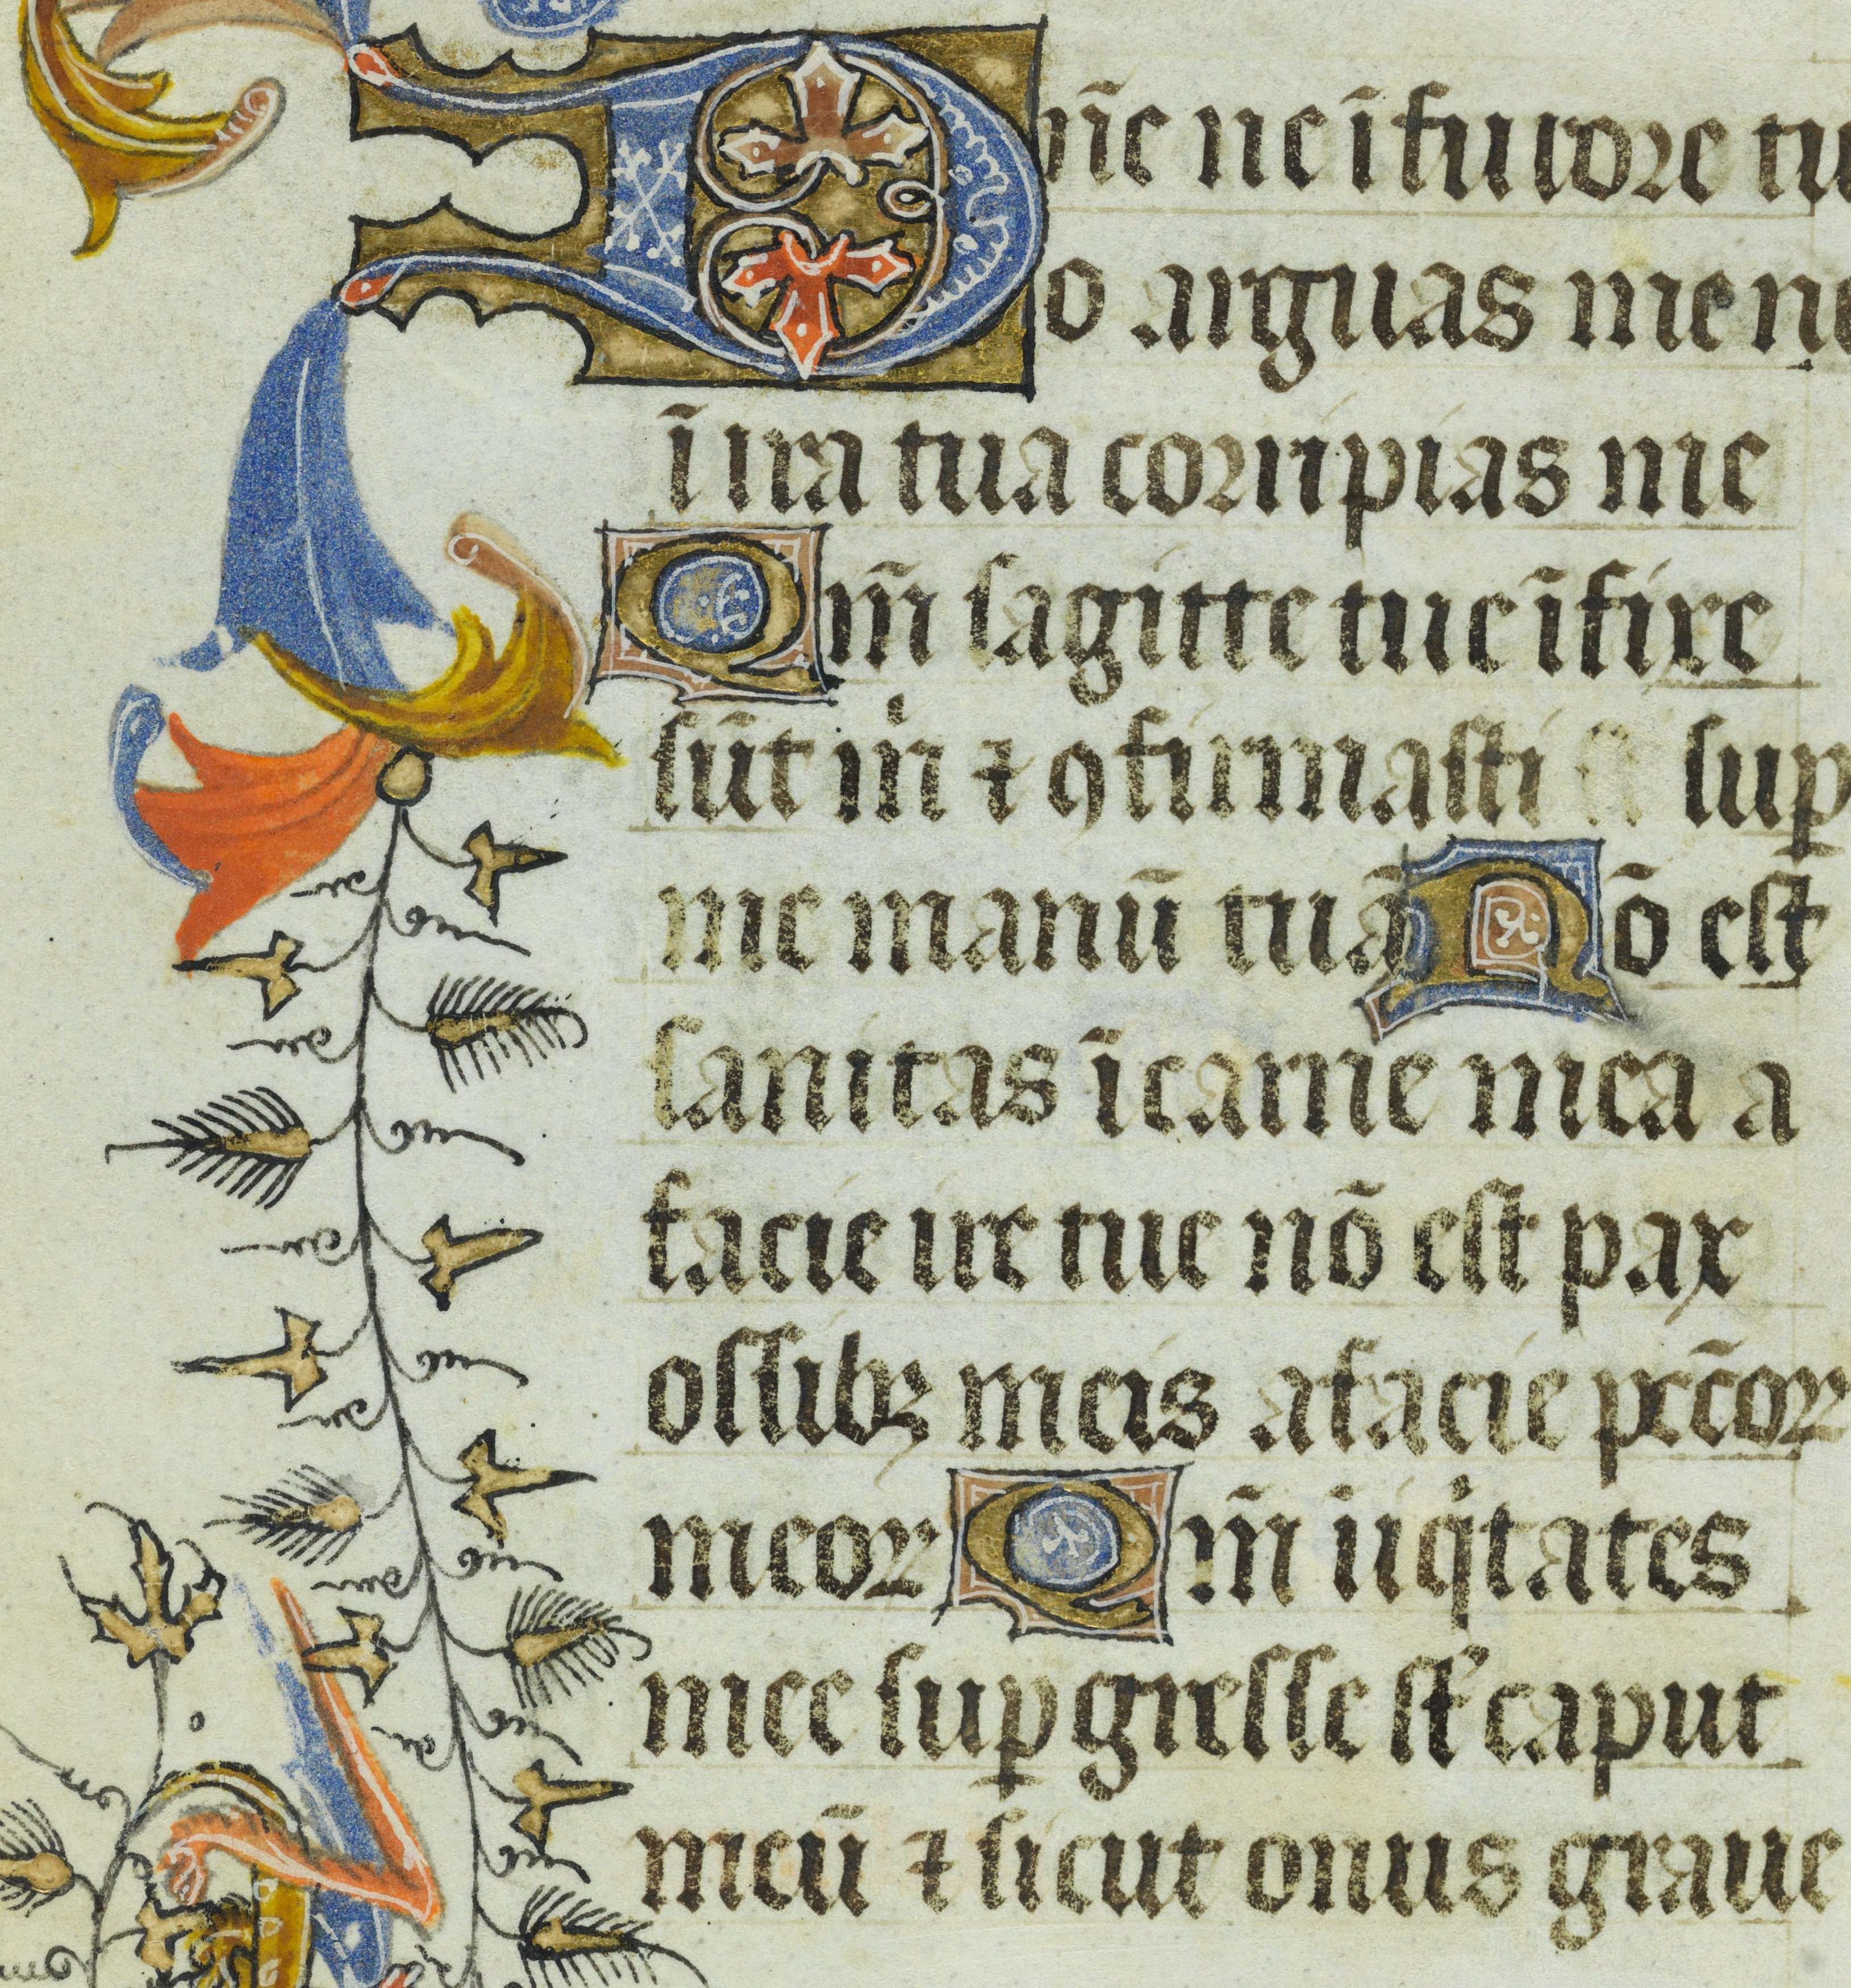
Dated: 1400–1449